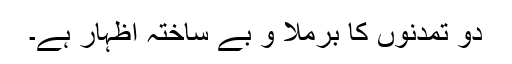
دو تمدنوں کا برملا و بے ساختہ اظہار ہے۔